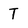
Character: T